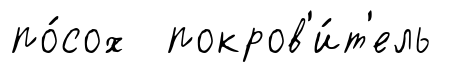
по́сох покров'и́т'ель